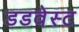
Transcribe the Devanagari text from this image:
डडवेस्ट